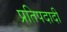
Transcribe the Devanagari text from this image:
प्रतिपदादी